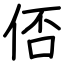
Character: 俖